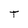
Character: T